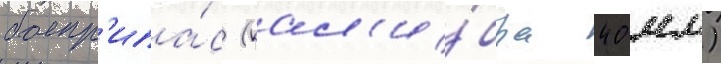
боепр'ипа́с (кал'и́бра 40 мм)